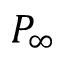
P _ { \infty }